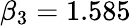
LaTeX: \beta_{3}=1.585